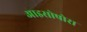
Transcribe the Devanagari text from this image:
आइसोपोरा